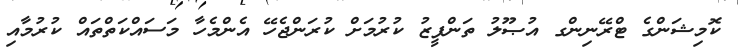
ކޮމިޝަންގެ ޓްރޭނިންގ އުޞޫލު ތަންފީޒު ކުރުމަށް ކުރަންޖެހޭ އެންމެހާ މަސައްކަތްތައް ކުރުމާއި